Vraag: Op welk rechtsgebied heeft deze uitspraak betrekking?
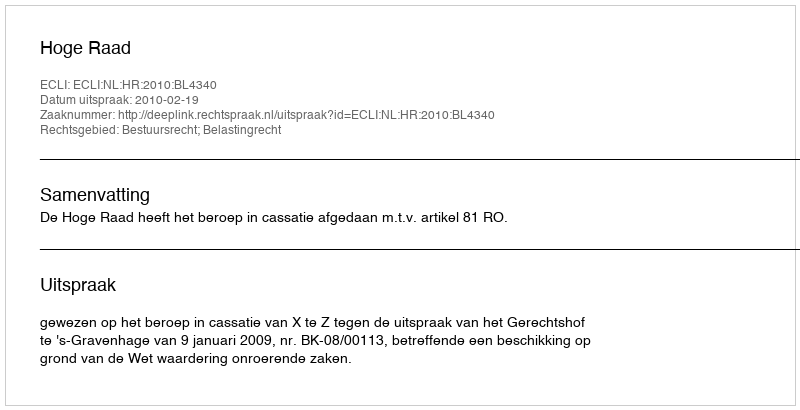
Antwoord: Bestuursrecht; Belastingrecht